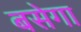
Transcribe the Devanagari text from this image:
बसेगा